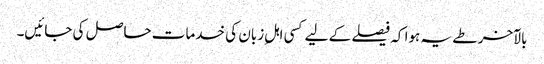
بالآخر طے یہ ہوا کہ فیصلے کے لیے کسی اہلِ زبان کی خدمات حاصل کی جائیں۔